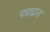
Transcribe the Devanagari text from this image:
पत्राद्वारा